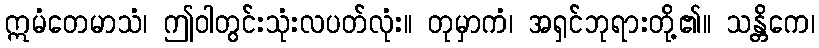
ဣမံတေမာသံ၊ ဤဝါတွင်းသုံးလပတ်လုံး။ တုမှာကံ၊ အရှင်ဘုရားတို့၏။ သန္တိကေ၊